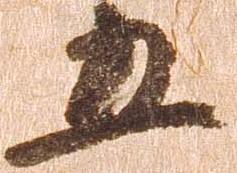
五